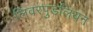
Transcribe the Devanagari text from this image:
लिवरपुडलियन